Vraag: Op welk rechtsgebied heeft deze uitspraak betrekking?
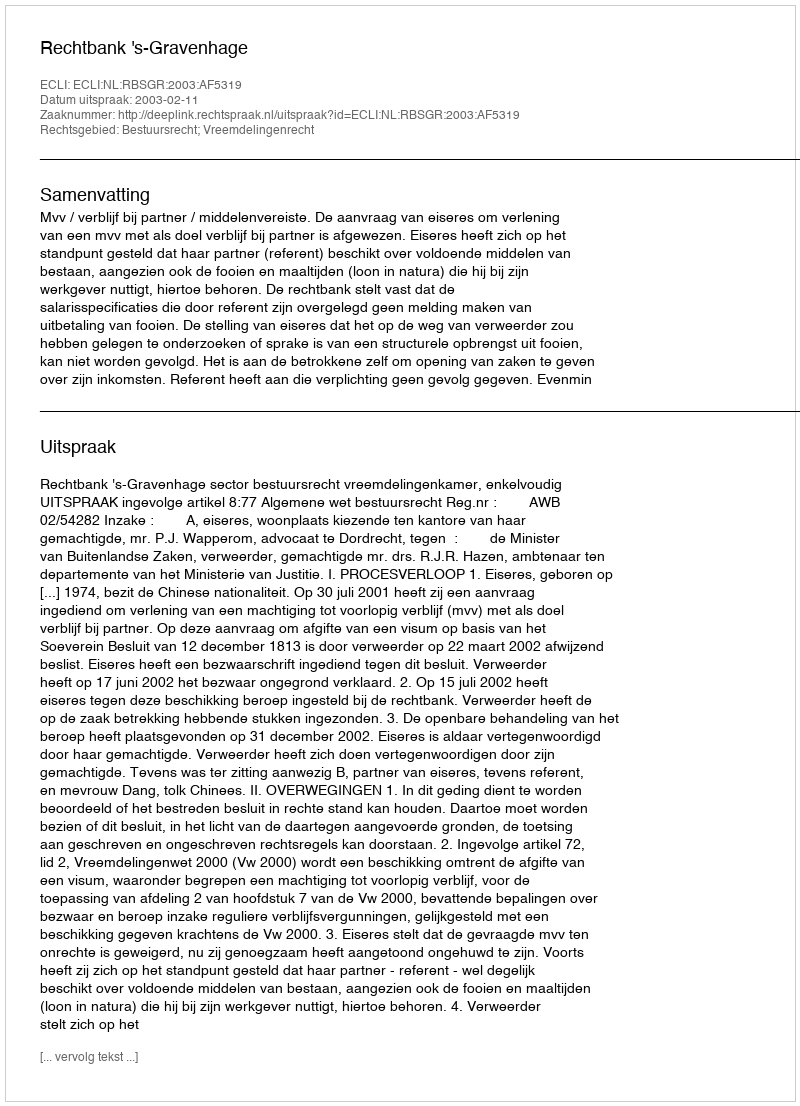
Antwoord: Bestuursrecht; Vreemdelingenrecht